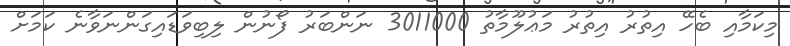
މިކަމާއި ބެހޭ އިތުރު އިތުރު މަޢުލޫމާތު 3011000 ނަންބަރު ފޯނުން ލިބިވަޑައިގަންނަވާނެ ކަމަށް